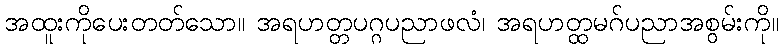
အထူးကိုပေးတတ်သော။ အရဟတ္တပဂ္ဂပညာဖလံ၊ အရဟတ္ထမဂ်ပညာအစွမ်းကို။